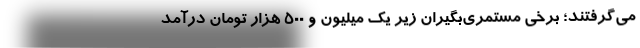
می‌گرفتند؛ برخی مستمری‌بگیران زیر یک میلیون و ۵۰۰ هزار تومان درآمد